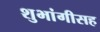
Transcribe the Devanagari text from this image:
शुभांगीसह